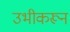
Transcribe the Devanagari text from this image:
उभीकरून